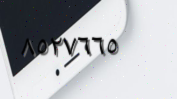
٨٥٢٧٦٦٥